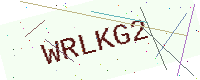
Text: WRLKG2